Report of an investigation of the epidemic of malarial fever in Assam, or, kala-azar
Disease focus: Malaria
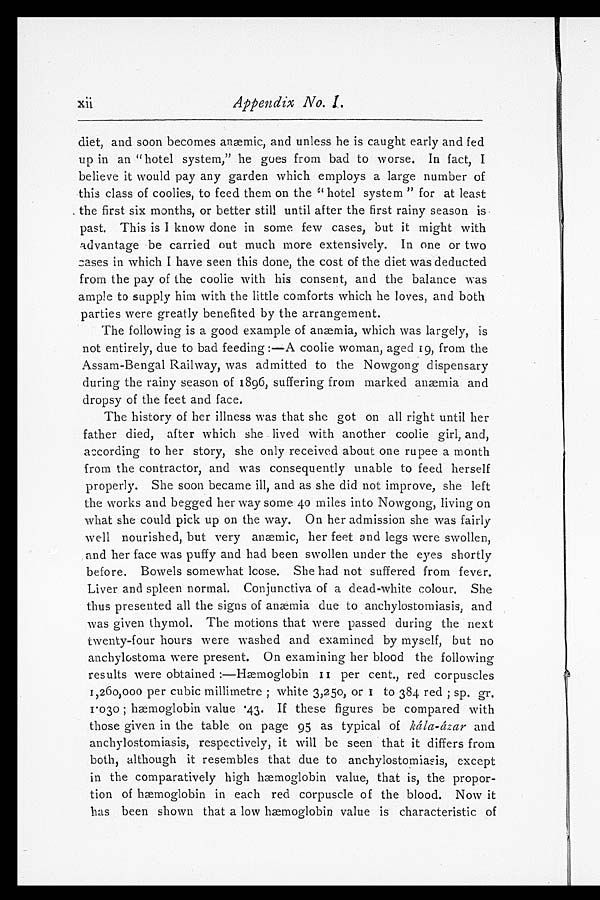
xii Appendix No. I.
diet, and soon becomes anæmic, and unless he is caught early and fed
up in an "hotel system," he goes from bad to worse. In fact, I
believe it would pay any garden which employs a large number of
this class of coolies, to feed them on the "hotel system" for at least
the first six months, or better still until after the first rainy season is
past. This is I know done in some few cases, but it might with
advantage be carried out much more extensively. In one or two
cases in which I have seen this done, the cost of the diet was deducted
from the pay of the coolie with his consent, and the balance was
ample to supply him with the little comforts which he loves, and both
parties were greatly benefited by the arrangement.
The following is a good example of anæmia, which was largely, is
not entirely, due to bad feeding:—A coolie woman, aged 19, from the
Assam-Bengal Railway, was admitted to the Nowgong dispensary
during the rainy season of 1896, suffering from marked anæmia and
dropsy of the feet and face.
The history of her illness was that she got on all right until her
father died, after which she lived with another coolie girl, and,
according to her story, she only received about one rupee a month
from the contractor, and was consequently unable to feed herself
properly. She soon became ill, and as she did not improve, she left
the works and begged her way some 40 miles into Nowgong, living on
what she could pick up on the way. On her admission she was fairly
well nourished, but very anæmic, her feet and legs were swollen,
and her face was puffy and had been swollen under the eyes shortly
before. Bowels somewhat loose. She had not suffered from fever.
Liver and spleen normal. Conjunctiva of a dead-white colour. She
thus presented all the signs of anæmia due to anchylostomiasis, and
was given thymol. The motions that were passed during the next
twenty-four hours were washed and examined by myself, but no
anchylostoma were present. On examining her blood the following
results were obtained:—Hæmoglobin II per cent., red corpuscles
1,260,000 per cubic millimetre; white 3,250, or I to 384 red; sp. gr.
1.030; hæmoglobin value .43. If these figures be compared with
those given in the table on page 95 as typical of kála-ázar and
anchylostomiasis, respectively, it will be seen that it differs from
both, although it resembles that due to anchylostomiasis, except
in the comparatively high hæmoglobin value, that is, the propor
- t i o n o f h æ m o g l o b i n i n e a c h r e d c o r p u s c l e o f t h e b l o o d . N o w i t
has been shown that a low hæmoglobin value is characteristic of